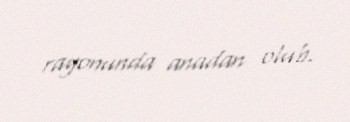
rayonunda anadan olub.